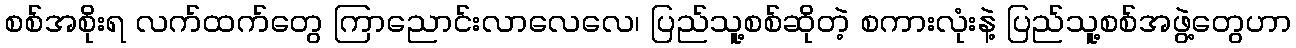
စစ်အစိုးရ လက်ထက်တွေ ကြာညောင်းလာလေလေ၊ ပြည်သူ့စစ်ဆိုတဲ့ စကားလုံးနဲ့ ပြည်သူ့စစ်အဖွဲ့တွေဟာ